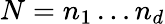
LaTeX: N=n_{1}\ldots n_{d}